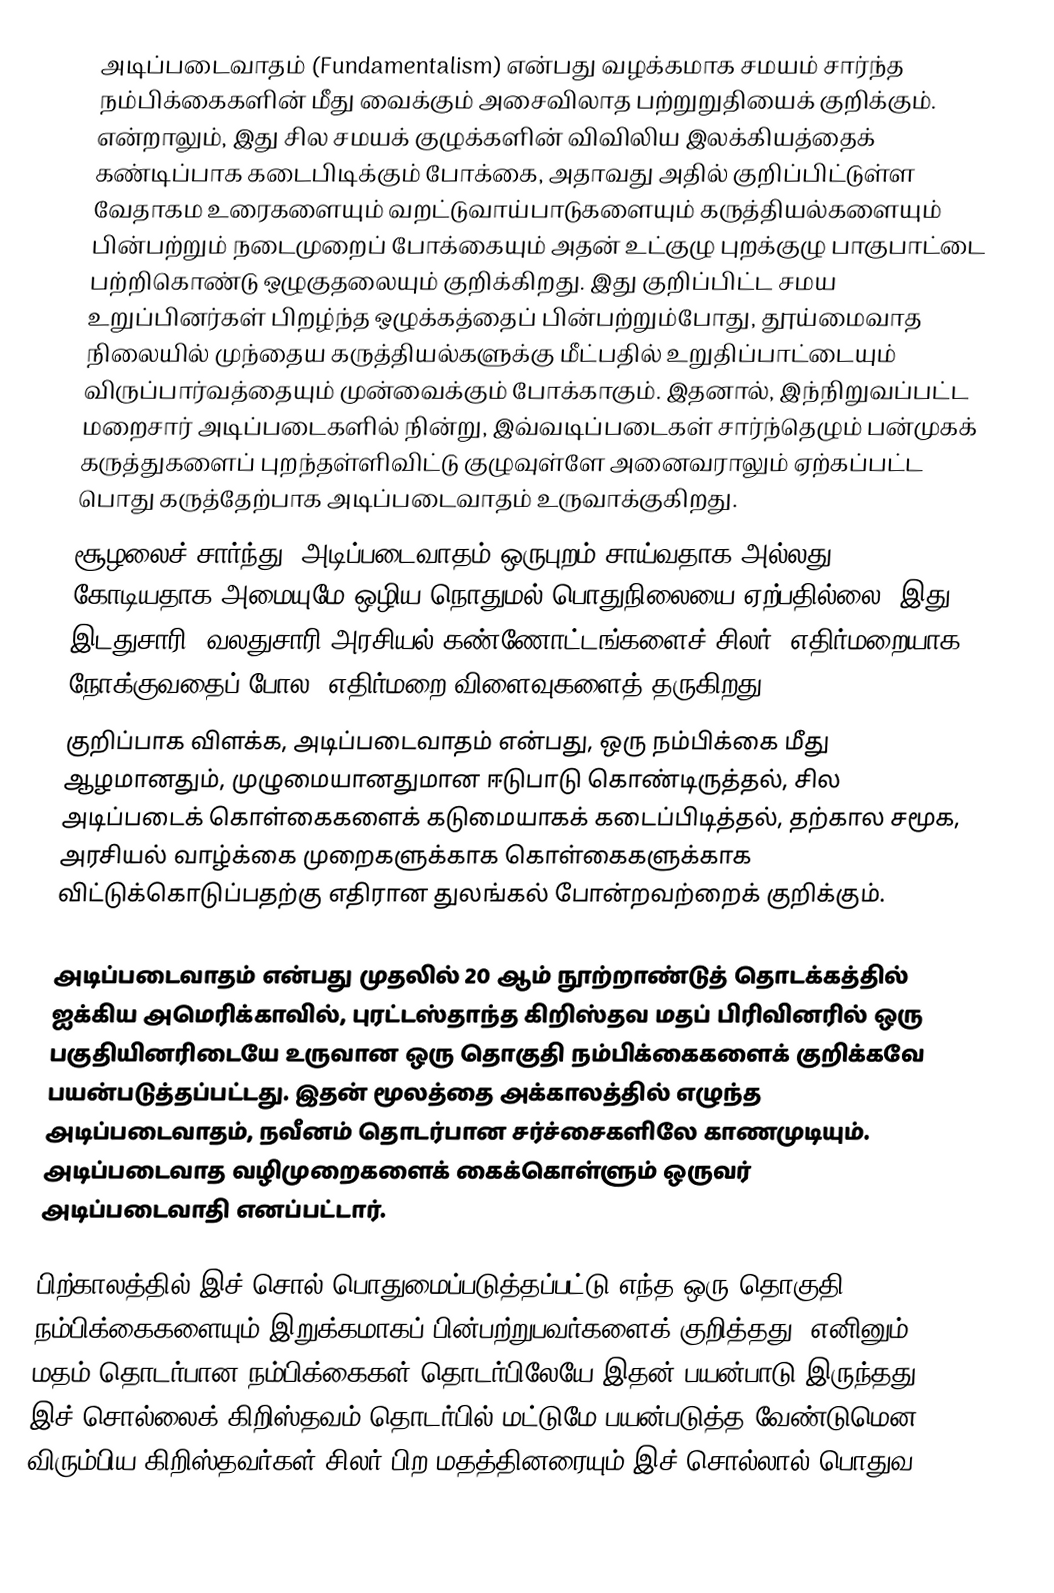
அடிப்படைவாதம் (Fundamentalism) என்பது வழக்கமாக சமயம் சார்ந்த நம்பிக்கைகளின் மீது வைக்கும் அசைவிலாத பற்றுறுதியைக் குறிக்கும். என்றாலும், இது சில சமயக் குழுக்களின் விவிலிய இலக்கியத்தைக் கண்டிப்பாக கடைபிடிக்கும் போக்கை, அதாவது அதில் குறிப்பிட்டுள்ள வேதாகம உரைகளையும் வறட்டுவாய்பாடுகளையும் கருத்தியல்களையும் பின்பற்றும் நடைமுறைப் போக்கையும் அதன் உட்குழு புறக்குழு பாகுபாட்டை பற்றிகொண்டு ஒழுகுதலையும் குறிக்கிறது. இது  குறிப்பிட்ட சமய உறுப்பினர்கள் பிறழ்ந்த ஒழுக்கத்தைப் பின்பற்றும்போது, தூய்மைவாத நிலையில் முந்தைய கருத்தியல்களுக்கு மீட்பதில் உறுதிப்பாட்டையும் விருப்பார்வத்தையும் முன்வைக்கும் போக்காகும். இதனால், இந்நிறுவப்பட்ட மறைசார் அடிப்படைகளில் நின்று, இவ்வடிப்படைகள் சார்ந்தெழும் பன்முகக் கருத்துகளைப் புறந்தள்ளிவிட்டு குழுவுள்ளே அனைவராலும் ஏற்கப்பட்ட பொது கருத்தேற்பாக அடிப்படைவாதம் உருவாக்குகிறது.
சூழலைச் சார்ந்து, அடிப்படைவாதம் ஒருபுறம் சாய்வதாக அல்லது கோடியதாக அமையுமே ஒழிய நொதுமல்/பொதுநிலையை ஏற்பதில்லை. இது, இடதுசாரி, வலதுசாரி அரசியல் கண்ணோட்டங்களைச் சிலர், எதிர்மறையாக நோக்குவதைப் போல, எதிர்மறை விளைவுகளைத் தருகிறது.
குறிப்பாக விளக்க, அடிப்படைவாதம் என்பது, ஒரு நம்பிக்கை மீது ஆழமானதும், முழுமையானதுமான ஈடுபாடு கொண்டிருத்தல், சில அடிப்படைக் கொள்கைகளைக் கடுமையாகக் கடைப்பிடித்தல், தற்கால சமூக, அரசியல் வாழ்க்கை முறைகளுக்காக கொள்கைகளுக்காக விட்டுக்கொடுப்பதற்கு எதிரான துலங்கல் போன்றவற்றைக் குறிக்கும்.

அடிப்படைவாதம் என்பது முதலில் 20 ஆம் நூற்றாண்டுத் தொடக்கத்தில் ஐக்கிய அமெரிக்காவில், புரட்டஸ்தாந்த கிறிஸ்தவ மதப் பிரிவினரில் ஒரு பகுதியினரிடையே உருவான ஒரு தொகுதி நம்பிக்கைகளைக் குறிக்கவே பயன்படுத்தப்பட்டது. இதன் மூலத்தை அக்காலத்தில் எழுந்த அடிப்படைவாதம், நவீனம் தொடர்பான சர்ச்சைகளிலே காணமுடியும். அடிப்படைவாத வழிமுறைகளைக் கைக்கொள்ளும் ஒருவர் அடிப்படைவாதி எனப்பட்டார்.

பிற்காலத்தில் இச் சொல் பொதுமைப்படுத்தப்பட்டு எந்த ஒரு தொகுதி நம்பிக்கைகளையும் இறுக்கமாகப் பின்பற்றுபவர்களைக் குறித்தது. எனினும், மதம் தொடர்பான நம்பிக்கைகள் தொடர்பிலேயே இதன் பயன்பாடு இருந்தது. இச் சொல்லைக் கிறிஸ்தவம் தொடர்பில் மட்டுமே பயன்படுத்த வேண்டுமென விரும்பிய கிறிஸ்தவர்கள் சிலர் பிற மதத்தினரையும் இச் சொல்லால் பொதுவ